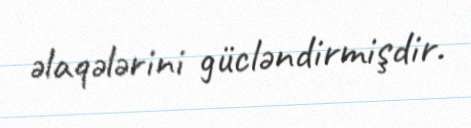
əlaqələrini gücləndirmişdir.